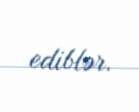
ediblər.